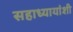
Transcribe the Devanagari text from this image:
सहाध्यायांशी